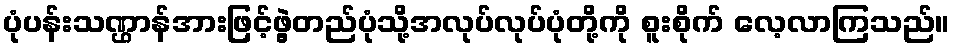
ပုံပန်းသဏ္ဌာန်အားဖြင့်ဖွဲ့တည်ပုံသို့အလုပ်လုပ်ပုံတို့ကို စူးစိုက် လေ့လာကြသည်။